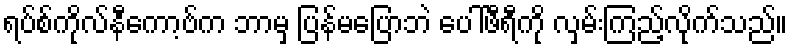
ရပ်စ်ကိုလ်နီကော့ဗ်က ဘာမှ ပြန်မပြောဘဲ ပေါ်ဖီရီကို လှမ်းကြည့်လိုက်သည်။